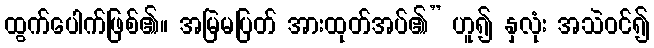
ထွက်ပေါက်ဖြစ်၏။ အမြဲမပြတ် အားထုတ်အပ်၏” ဟူ၍ နှလုံး အသဲဝင်၍